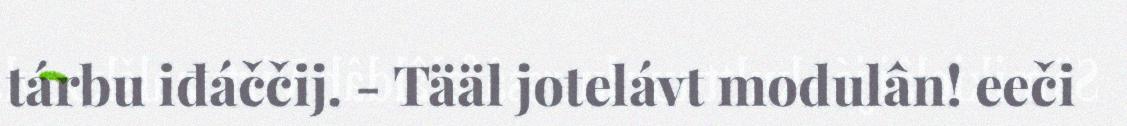
tárbu iđáččij. - Tääl jotelávt modulân! eeči